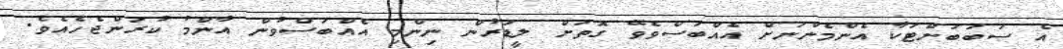
އެ ސަބަބަށްޓަކާ އެންމެންނަށް އެއްބަސްވެވޭ ގޮތަށް ލީޑަރުން ނިންމި އެއްބަސްވުން އާންމު ކުރަންޖެހެއެވެ.